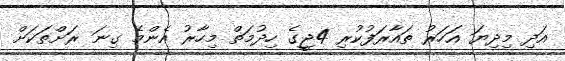
އަދި މިދިޔަ އަހަރު ތައާރަފުކުރި 4ޖީގެ ހިދުމަތް މިހާރު އެންމެ ގިނަ ރަށްތަކަށް